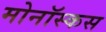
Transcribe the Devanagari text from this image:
मोनॉस्कस